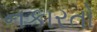
નકારતો